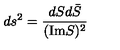
d s ^ { 2 } = \frac { d S d { \bar { S } } } { ( \mathrm { I m } S ) ^ { 2 } }